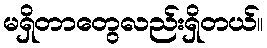
မရှိတာတွေလည်းရှိတယ်။